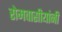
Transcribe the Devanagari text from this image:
रोमवासीयांनी